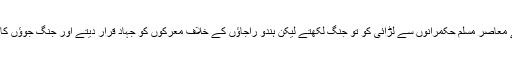
لیکن مسلم مؤرخین ان کی اپنے معاصر مسلم حکمرانوں سے لڑائی کو تو جنگ لکھتے لیکن ہندو راجاؤں کے خلاف معرکوں کو جہاد قرار دیتے اور جنگ جوؤں کا لشکر، اسلامی لشکر قرار پاتا۔